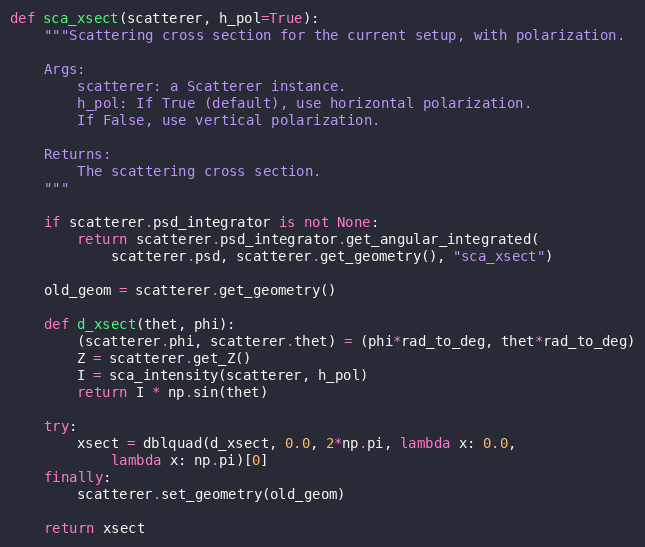
Language: Python
def sca_xsect(scatterer, h_pol=True):
    """Scattering cross section for the current setup, with polarization.

    Args:
        scatterer: a Scatterer instance.
        h_pol: If True (default), use horizontal polarization.
        If False, use vertical polarization.

    Returns:
        The scattering cross section.
    """

    if scatterer.psd_integrator is not None:
        return scatterer.psd_integrator.get_angular_integrated(
            scatterer.psd, scatterer.get_geometry(), "sca_xsect")

    old_geom = scatterer.get_geometry()

    def d_xsect(thet, phi):
        (scatterer.phi, scatterer.thet) = (phi*rad_to_deg, thet*rad_to_deg)
        Z = scatterer.get_Z()
        I = sca_intensity(scatterer, h_pol)
        return I * np.sin(thet)

    try:
        xsect = dblquad(d_xsect, 0.0, 2*np.pi, lambda x: 0.0,
            lambda x: np.pi)[0]
    finally:
        scatterer.set_geometry(old_geom)

    return xsect